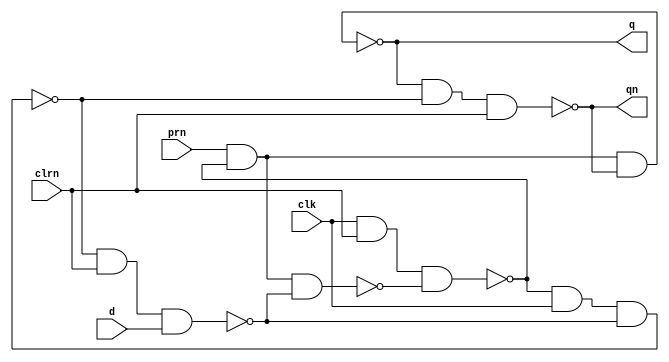
// dff generated from schematic, industry way
module dff (prn, clk, d, clrn, q, qn);
	input prn, clk, d, clrn;						//prn: preset; cln: clear (active low);
	output q, qn;
	
	wire wire_0, wire_1, wire_2, wire_3;  

	assign wire_0 = ~(wire_1 & prn 	& wire_2); 	//3-input nand
	assign wire_1 = ~(clk 	 & clrn & wire_0);
	assign wire_2 = ~(wire_3 & clrn & d);
	assign wire_3 = ~(wire_1 & clk  & wire_2);
	
	assign q = ~(prn & wire_1 & qn);
	assign qn = ~(q & wire_3 & clrn);
	
endmodule